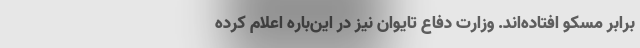
برابر مسکو افتاده‌اند. وزارت دفاع تایوان نیز در این‌باره اعلام کرده